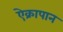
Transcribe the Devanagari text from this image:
ऐक्रापान